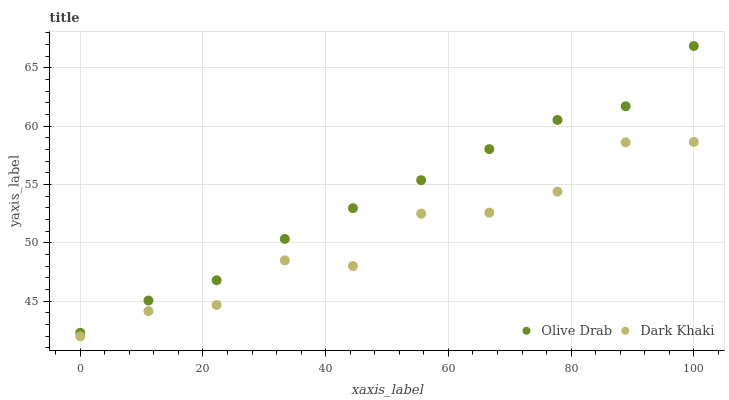
| xaxis_label | Olive Drab | Dark Khaki |
 | --- | --- | --- |
 | 0 | 42.3 | 42 |
 | 11.1 | 45.1 | 44.2 |
 | 22.2 | 46.8 | 44.7 |
 | 33.3 | 50.3 | 48.5 |
 | 44.4 | 53 | 48 |
 | 55.6 | 55.4 | 52.5 |
 | 66.7 | 58 | 52.6 |
 | 77.8 | 60.5 | 54.4 |
 | 88.9 | 61.7 | 58.6 |
 | 100 | 66.9 | 58.7 |